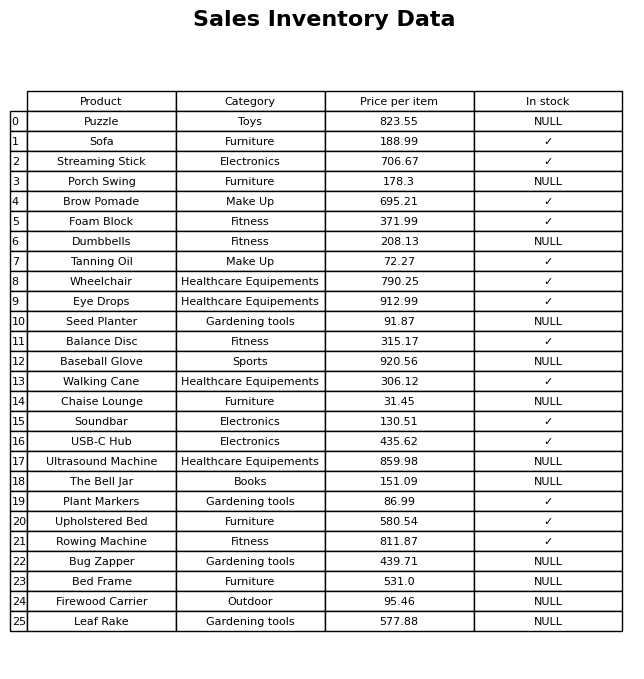
question: What is the price for Balance Disc?
answer: The price of Balance Disc is 315.17.